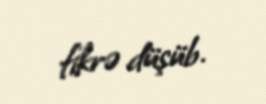
fikrə düşüb.